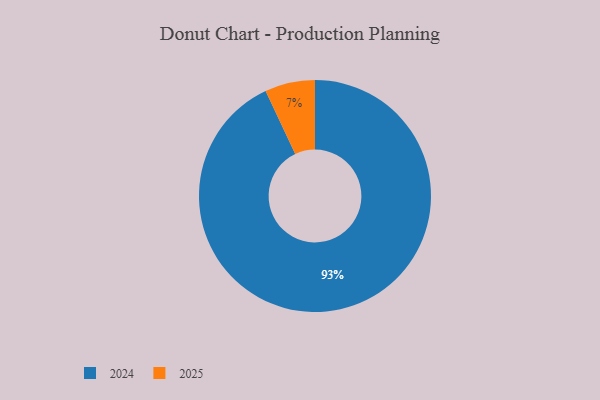
{"axis": {"x": "Category", "y": "Percentage"}, "legend": ["2024", "2025"], "data": [{"x": "2024", "y": 93, "type": "2024"}, {"x": "2025", "y": 7, "type": "2025"}]}